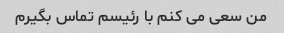
من سعی می کنم با رئیسم تماس بگیرم